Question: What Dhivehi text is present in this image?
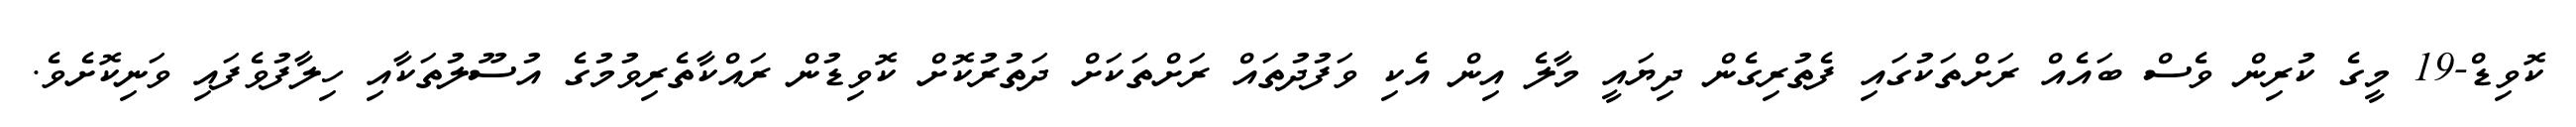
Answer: ކޮވިޑް-19 މީގެ ކުރިން ވެސް ބައެއް ރަށްތަކުގައި ފެތުރިގެން ދިޔައީ މާލެ އިން އެކި ވަފުދުތައް ރަށްތަކަށް ދަތުރުކޮށް ކޮވިޑުން ރައްކާތެރިވުމުގެ އުސޫލުތަކާއި ހިލާފުވެފައި ވަނިކޮށެވެ.